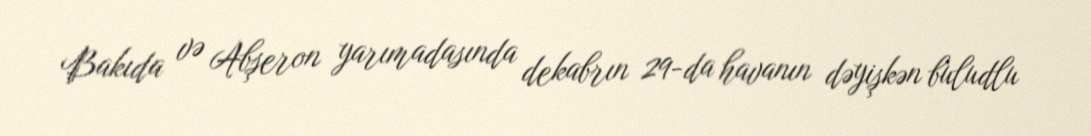
Bakıda və Abşeron yarımadasında dekabrın 29-da havanın dəyişkən buludlu